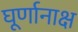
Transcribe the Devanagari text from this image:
घूर्णानाक्ष